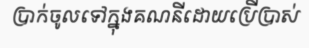
ប្រាក់ចូលទៅក្នុងគណនីដោយប្រើប្រាស់